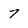
Character: 7